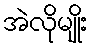
အဲလိုမျိုး